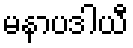
မနာပဒါယီ